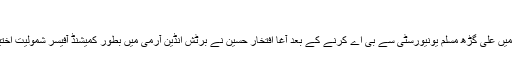
[2]
1942ء میں علی گڑھ مسلم یونیورسٹی سے بی اے کرنے کے بعد آغا افتخار حسین نے برٹش انڈین آرمی میں بطور کمیشنڈ آفیسر شمولیت اختیار کرلی۔